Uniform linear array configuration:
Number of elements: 8
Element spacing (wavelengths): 0.5
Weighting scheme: cosine
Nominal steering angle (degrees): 45
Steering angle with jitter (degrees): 45.632
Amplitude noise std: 0.05
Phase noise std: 0.05

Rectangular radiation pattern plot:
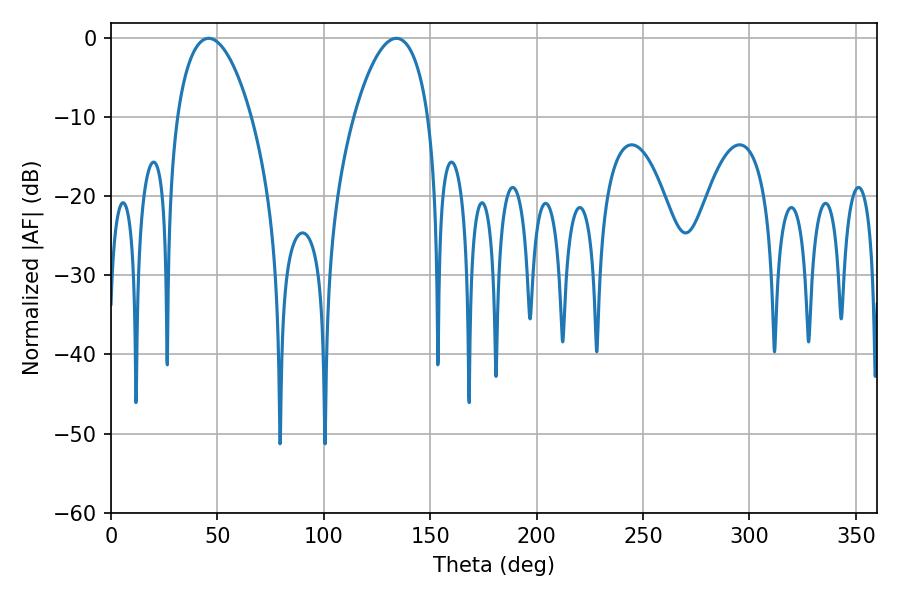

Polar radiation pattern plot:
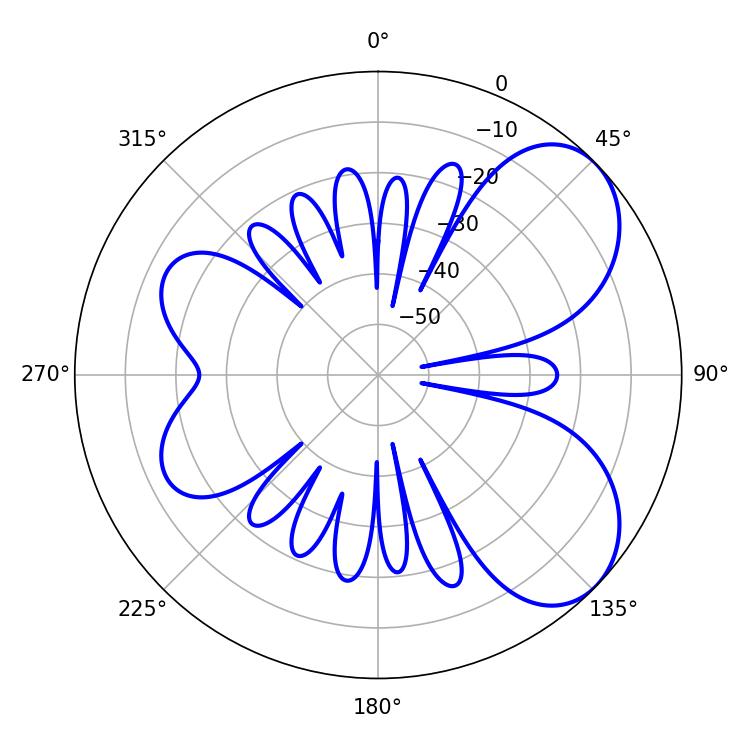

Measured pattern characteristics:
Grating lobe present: FALSE
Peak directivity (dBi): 6.033
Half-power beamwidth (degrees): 19.62
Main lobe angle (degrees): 45.9